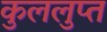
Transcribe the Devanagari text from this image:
कुललुप्त